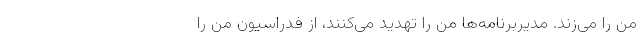
من را می‌زند. مدیربرنامه‌ها من را تهدید می‌کنند، از فدراسیون من را